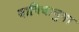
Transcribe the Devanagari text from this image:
बागिचानुमा